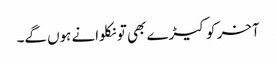
آخر کو کیڑے بھی تو نکلوانے ہوں گے۔